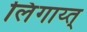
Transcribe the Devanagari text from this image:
लिंगाय्त्